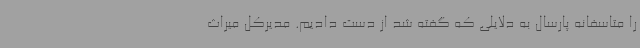
را متاسفانه پارسال به دلایلی که گفته شد از دست دادیم. مدیرکل میراث